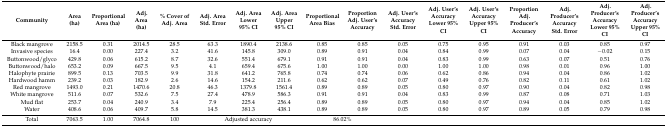
<table><thead><tr><td><b>Community</b></td><td><b>Area (ha)</b></td><td><b>Proportional Area (ha)</b></td><td><b>Adj. Area (ha)</b></td><td><b>% Cover of Adj. Area</b></td><td><b>Adj. Area Std. Error</b></td><td><b>Adj. Area Lower 95% CI</b></td><td><b>Adj. Area Upper 95% CI</b></td><td><b>Proportional Area Bias</b></td><td><b>Proportion Adj. User’s Accuracy</b></td><td><b>Adj. User’s Accuracy Std. Error</b></td><td><b>Adj. User’s Accuracy Lower 95% CI</b></td><td><b>Adj. User’s Accuracy Upper 95% CI</b></td><td><b>Proportion Adj. Producer’s Accuracy </b></td><td><b>Adj. Producer’s Accuracy Std. Error</b></td><td><b>Adj. Producer’s Accuracy Lower 95% CI</b></td><td><b>Adj. Producer’s Accuracy Upper 95% CI</b></td></tr></thead><tbody><tr><td>Black mangrove</td><td>2158.5</td><td>0.31</td><td>2014.5</td><td>28.5</td><td>63.3</td><td>1890.4</td><td>2138.6</td><td>0.85</td><td>0.85</td><td>0.05</td><td>0.75</td><td>0.95</td><td>0.91</td><td>0.03</td><td>0.85</td><td>0.97</td></tr><tr><td>Invasive species</td><td>16.4</td><td>0.00</td><td>227.4</td><td>3.2</td><td>41.6</td><td>145.8</td><td>309.0</td><td>0.89</td><td>0.91</td><td>0.04</td><td>0.84</td><td>0.99</td><td>0.07</td><td>0.04</td><td>−0.02</td><td>0.15</td></tr><tr><td>Buttonwood/glyco</td><td>429.8</td><td>0.06</td><td>615.2</td><td>8.7</td><td>32.6</td><td>551.4</td><td>679.1</td><td>0.91</td><td>0.91</td><td>0.04</td><td>0.83</td><td>0.99</td><td>0.63</td><td>0.07</td><td>0.51</td><td>0.76</td></tr><tr><td>Buttonwood/halo</td><td>653.2</td><td>0.09</td><td>667.5</td><td>9.5</td><td>4.1</td><td>659.4</td><td>675.6</td><td>1.00</td><td>1.00</td><td>0.00</td><td>1.00</td><td>1.00</td><td>0.98</td><td>0.01</td><td>0.96</td><td>1.00</td></tr><tr><td>Halophyte prairie</td><td>899.5</td><td>0.13</td><td>703.5</td><td>9.9</td><td>31.8</td><td>641.2</td><td>765.8</td><td>0.74</td><td>0.74</td><td>0.06</td><td>0.62</td><td>0.86</td><td>0.94</td><td>0.04</td><td>0.86</td><td>1.02</td></tr><tr><td>Hardwood hamm</td><td>239.2</td><td>0.03</td><td>182.9</td><td>2.6</td><td>14.6</td><td>154.2</td><td>211.6</td><td>0.62</td><td>0.62</td><td>0.07</td><td>0.49</td><td>0.76</td><td>0.82</td><td>0.11</td><td>0.61</td><td>1.02</td></tr><tr><td>Red mangrove</td><td>1493.0</td><td>0.21</td><td>1470.6</td><td>20.8</td><td>46.3</td><td>1379.8</td><td>1561.4</td><td>0.89</td><td>0.89</td><td>0.05</td><td>0.80</td><td>0.97</td><td>0.90</td><td>0.04</td><td>0.82</td><td>0.98</td></tr><tr><td>White mangrove</td><td>511.6</td><td>0.07</td><td>532.6</td><td>7.5</td><td>27.4</td><td>478.9</td><td>586.3</td><td>0.91</td><td>0.91</td><td>0.04</td><td>0.83</td><td>0.99</td><td>0.87</td><td>0.08</td><td>0.71</td><td>1.03</td></tr><tr><td>Mud flat</td><td>253.7</td><td>0.04</td><td>240.9</td><td>3.4</td><td>7.9</td><td>225.4</td><td>256.4</td><td>0.89</td><td>0.89</td><td>0.05</td><td>0.80</td><td>0.97</td><td>0.94</td><td>0.04</td><td>0.85</td><td>1.02</td></tr><tr><td>Water</td><td>408.6</td><td>0.06</td><td>409.7</td><td>5.8</td><td>14.5</td><td>381.3</td><td>438.1</td><td>0.89</td><td>0.89</td><td>0.05</td><td>0.80</td><td>0.97</td><td>0.89</td><td>0.05</td><td>0.79</td><td>0.98</td></tr><tr><td>Total</td><td>7063.5</td><td>1.00</td><td>7064.8</td><td>100</td><td colspan="3">Adjusted accuracy</td><td colspan="2">86.02%</td><td></td><td></td><td></td><td></td><td></td><td></td><td></td></tr></tbody></table>